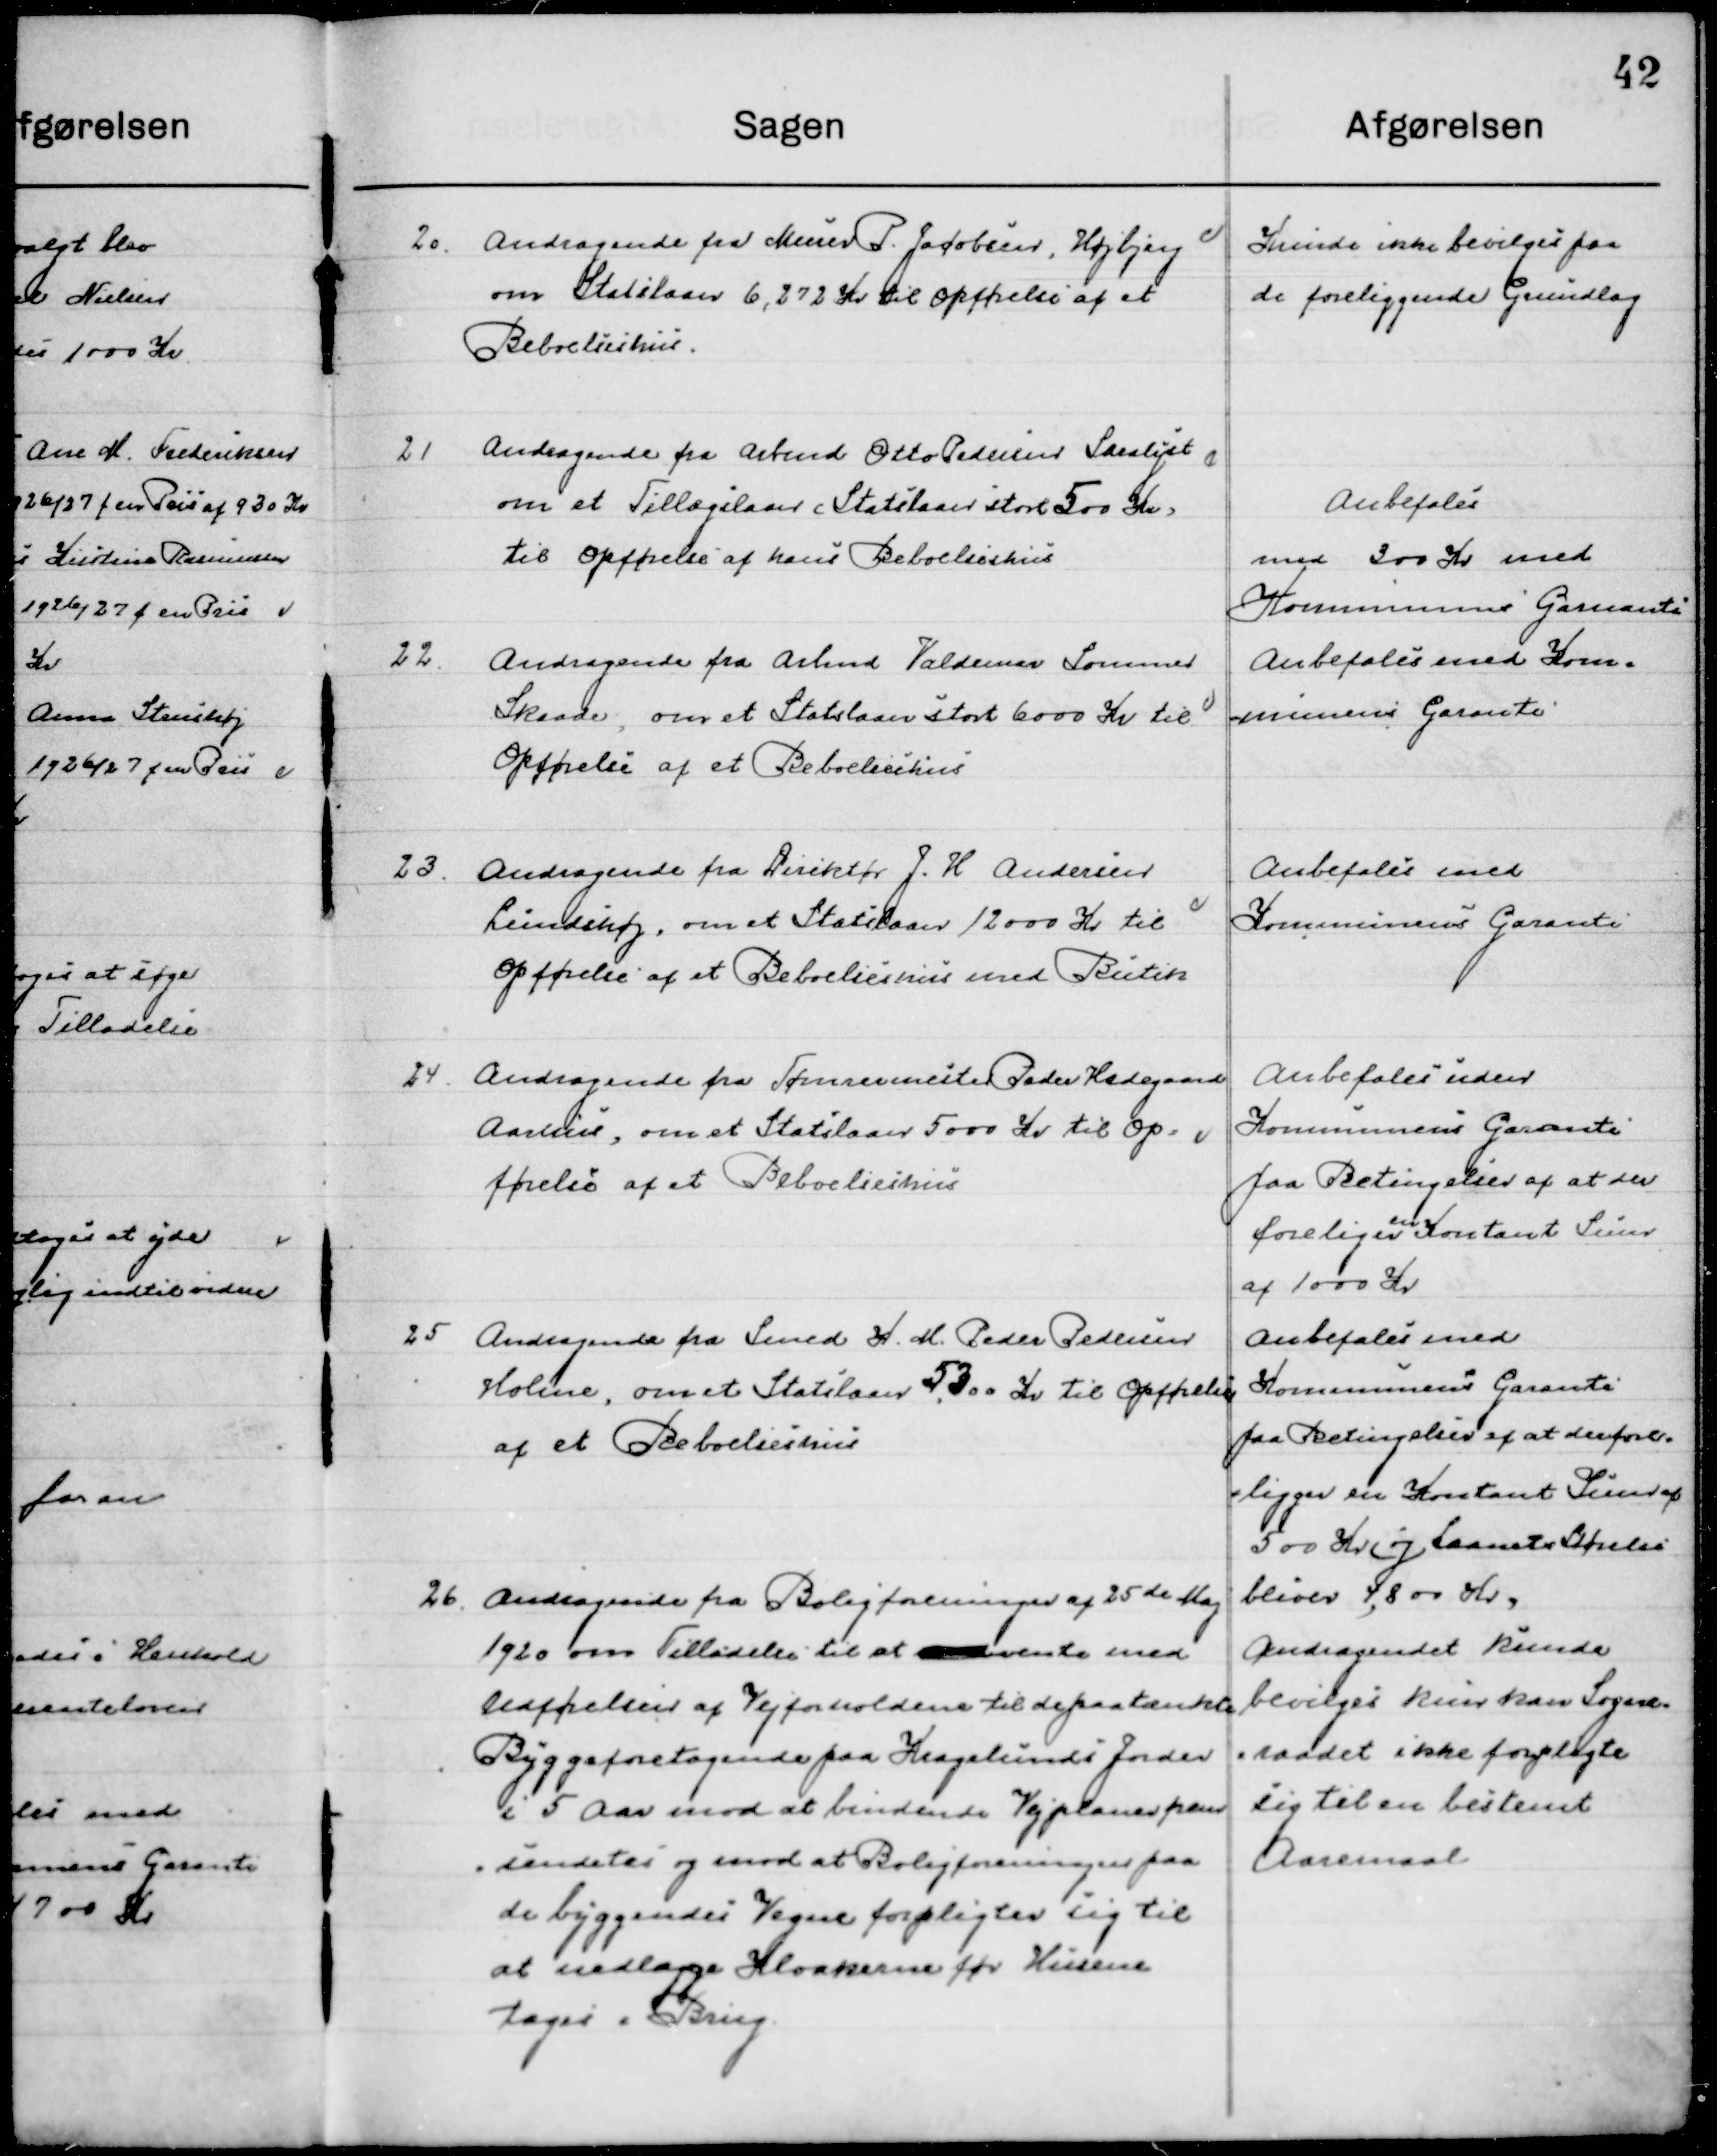
Transskription:
20

Andragende fra Murer P. Jacobsen, Højbjerg
om Statslaan 6,272 Kr. til opførelse af et
Beboelseshus.

Kunde ikke bevilges paa
 de foreliggende Grundlag

21

Andragende fra Arbmd. Otto Pedersen Saralyst
om et Tillægslaan i Statslaan stort 500 Kr. 
til Opførelse af hans Beboelseshus.

Anbefales
med 300 Kr. med 
Kommunens Garanti

22

Andragende fra Arbmd. Valdemar Sommer
Skaade, om et Statslaan stort 6000 Kr. til  
Opførelse af et Beboelseshus.

Anbefales med Kom-
munens Garanti

23

Andragende fra Direktør J. H. Andersen
Lundshøj, om et Statslaan 12000 Kr. til 
opførelse af et Beboelseshusmed Butik.

Anbefales med 
Kommunens Garanti

24

Andragende fra Tømmermester Peder Hedegaard
Aarhus, om et Statslaan 5000 Kr. til Op- 	
førelse af et Beboelseshus.

Anbefales uden 
Kommunens Garanti
paa Betingelse af at der
Foreligger en Kontant Sum
af 1000 Kr.

25

Andragende fra Smed H. M. Peder Pedersen
Holme, om et Statslaan 5300 Kr. til Opførelse 
af et Beboelseshus.

Anbefales med 
Kommunens Garanti
paa Betingelse af at der fore-
ligger en Kontant Sum af 
500 Kr. og Laanets Størrelse 
bliver 4,800 Kr.

26

Andragende fra Boligforeningen af 25de Maj
1920 om om Tilladelse til at  vente med
Udførelse af Vejrforholdene til de paatænkte
Byggeforetagende paa Kragelunds Jorder
i 5 Aar mod at bindende Vejplaner frem-
Sendes og mod at boligforeningen paa
de byggendes Vegne forpligter sig til
at nedlægge Kloakerne før Husene
tages i Brug.

Andragendet kunde
Bevilges kun kan Sogne-
raadet ikke forpligte
sig til en bestem 
Aaremaal.